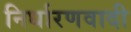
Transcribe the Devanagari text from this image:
निर्धारणवादी